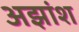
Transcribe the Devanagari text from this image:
अझांश